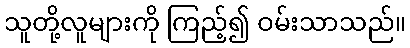
သူတို့လူများကို ကြည့်၍ ဝမ်းသာသည်။